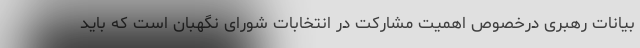
بیانات رهبری درخصوص اهمیت مشارکت در انتخابات شورای نگهبان است که باید